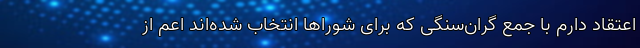
اعتقاد دارم با جمع گران‌سنگی که برای شوراها انتخاب شده‌اند اعم از